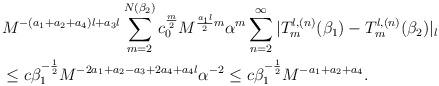
LaTeX: \begin{align*}&M^{-(a_1+a_2+a_4)l+a_3l}\sum_{m=2}^{N(\beta_2)}c_0^{\frac{m}{2}} M^{\frac{a_1l}{2}m}\alpha^m\sum_{n=2}^{\infty}|T_m^{l,(n)}(\beta_1)-T_m^{l,(n)}(\beta_2)|_l\\&\le c \beta_1^{-\frac{1}{2}}M^{-2a_1+a_2-a_3+2a_4+a_4l}\alpha^{-2}\le c \beta_1^{-\frac{1}{2}}M^{-a_1+a_2+a_4}.\end{align*}